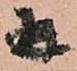
并